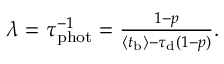
\begin{array} { r } { \lambda = \tau _ { \mathrm { p h o t } } ^ { - 1 } = \frac { 1 - p } { \left\langle t _ { \mathrm { b } } \right\rangle - \tau _ { \mathrm { d } } ( 1 - p ) } . } \end{array}